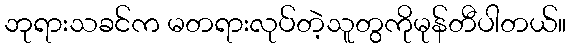
ဘုရားသခင်က မတရားလုပ်တဲ့သူတွကိုမုန်တီပါတယ်။